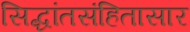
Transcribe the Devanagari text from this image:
सिद्धांतसंहितासार